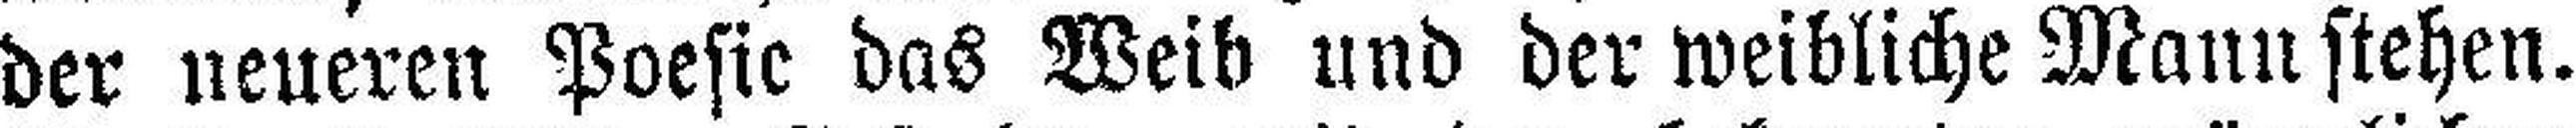
der neueren Poesic das Weib und der weibliche Mann stehen.